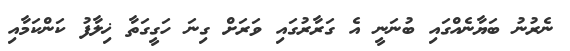
ނެރުނު ބަޔާނެއްގައި ބުނަނީ އެ ގަރާރުގައި ވަރަށް ގިނަ ހަގީގަތާ ޚިލާފު ކަންކަމާއި